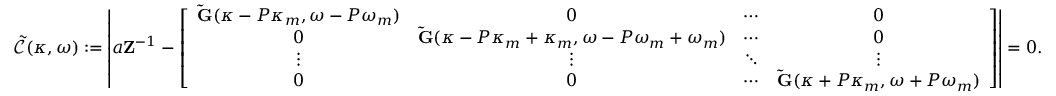
\mathcal { \tilde { C } } ( \kappa , \omega ) : = \left| a \mathbf { Z } ^ { - 1 } - \left[ \begin{array} { c c c c } { \mathbf { \tilde { G } } ( \kappa - P \kappa _ { m } , \omega - P \omega _ { m } ) } & { 0 } & { \cdots } & { 0 } \\ { 0 } & { \mathbf { \tilde { G } } ( \kappa - P \kappa _ { m } + \kappa _ { m } , \omega - P \omega _ { m } + \omega _ { m } ) } & { \cdots } & { 0 } \\ { \vdots } & { \vdots } & { \ddots } & { \vdots } \\ { 0 } & { 0 } & { \cdots } & { \mathbf { \tilde { G } } ( \kappa + P \kappa _ { m } , \omega + P \omega _ { m } ) } \end{array} \right] \right| = 0 .